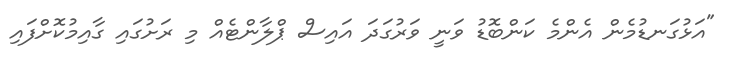
"އަޅުގަނޑުމެން އެންމެ ކަންބޮޑު ވަނީ ވަރުގަދަ އައިސް ޕްލާންޓެއް މި ރަށުގައި ގާއިމުކޮށްފައި